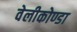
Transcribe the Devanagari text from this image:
वेलीकोण्डा